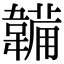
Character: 韛